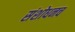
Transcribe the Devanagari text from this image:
संशोधनच